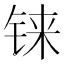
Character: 铼